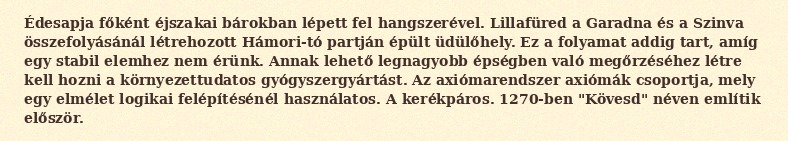
Édesapja főként éjszakai bárokban lépett fel hangszerével. Lillafüred a Garadna és a Szinva összefolyásánál létrehozott Hámori-tó partján épült üdülőhely. Ez a folyamat addig tart, amíg egy stabil elemhez nem érünk. Annak lehető legnagyobb épségben való megőrzéséhez létre kell hozni a környezettudatos gyógyszergyártást. Az axiómarendszer axiómák csoportja, mely egy elmélet logikai felépítésénél használatos. A kerékpáros. 1270-ben "Kövesd" néven említik először.